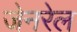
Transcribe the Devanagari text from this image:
जेनरेल